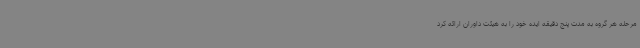
مرحله هر گروه به مدت پنج دقیقه ایده خود را به هیئت داوران ارائه کرد